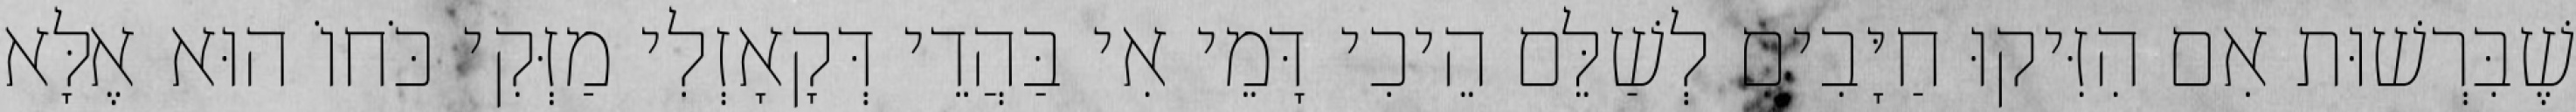
שֶׁבִּרְשׁוּת אִם הִזִּיקוּ חַיָּבִים לְשַׁלֵּם הֵיכִי דָּמֵי אִי בַּהֲדֵי דְּקָאָזְלִי מַזְּקִי כֹּחוֹ הוּא אֶלָּא